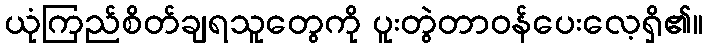
ယုံကြည်စိတ်ချရသူတွေကို ပူးတွဲတာဝန်ပေးလေ့ရှိ၏။